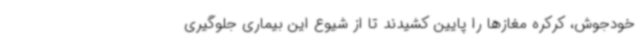
خودجوش، کرکره مغازها را پایین کشیدند تا از شیوع این بیماری جلوگیری